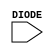
module sky130_fd_sc_hvl__diode (
    //# {{power|Power}}
    input DIODE
);

    // Voltage supply signals
    supply1 VPWR;
    supply0 VGND;
    supply1 VPB ;
    supply0 VNB ;

endmodule